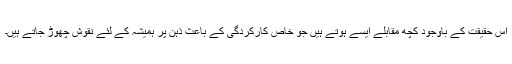
اس حقیقت کے باوجود کچھ مقابلے ایسے ہوتے ہیں جو خاص کارکردگی کے باعث ذہن پر ہمیشہ کے لئے نقوش چھوڑ جاتے ہیں۔